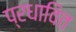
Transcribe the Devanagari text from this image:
प्रधावित